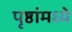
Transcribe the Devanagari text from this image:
पृष्ठांमध्ये